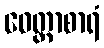
ဝေတ္တာစာရံ